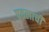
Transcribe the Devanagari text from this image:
प्रतलाची